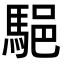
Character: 䣖